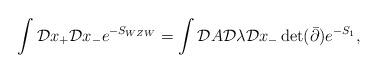
LaTeX: \begin{align*}\int{\cal D}x_+{\cal D}x_- e^{-S_{WZW}} = \int {\cal D}A{\cal D}\lambda{\cal D}x_- \det(\bar{\partial})e^{-S_1},\end{align*}